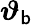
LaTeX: \boldsymbol{\vartheta}_{\mathsf{b}}